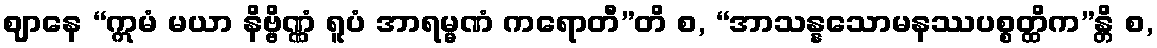
ဈာနေ “ဣမံ မယာ နိဗ္ဗိဏ္ဏံ ရူပံ အာရမ္မဏံ ကရောတီ”တိ စ, “အာသန္နသောမနဿပစ္စတ္ထိက”န္တိ စ,